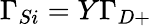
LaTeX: \Gamma_{Si}=Y\Gamma_{D+}